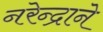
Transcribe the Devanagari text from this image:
नरेन्द्राने